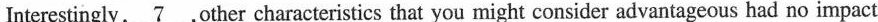
Interestingly,\underline{7} ,other characteristics that you might consider advantageous had no impact